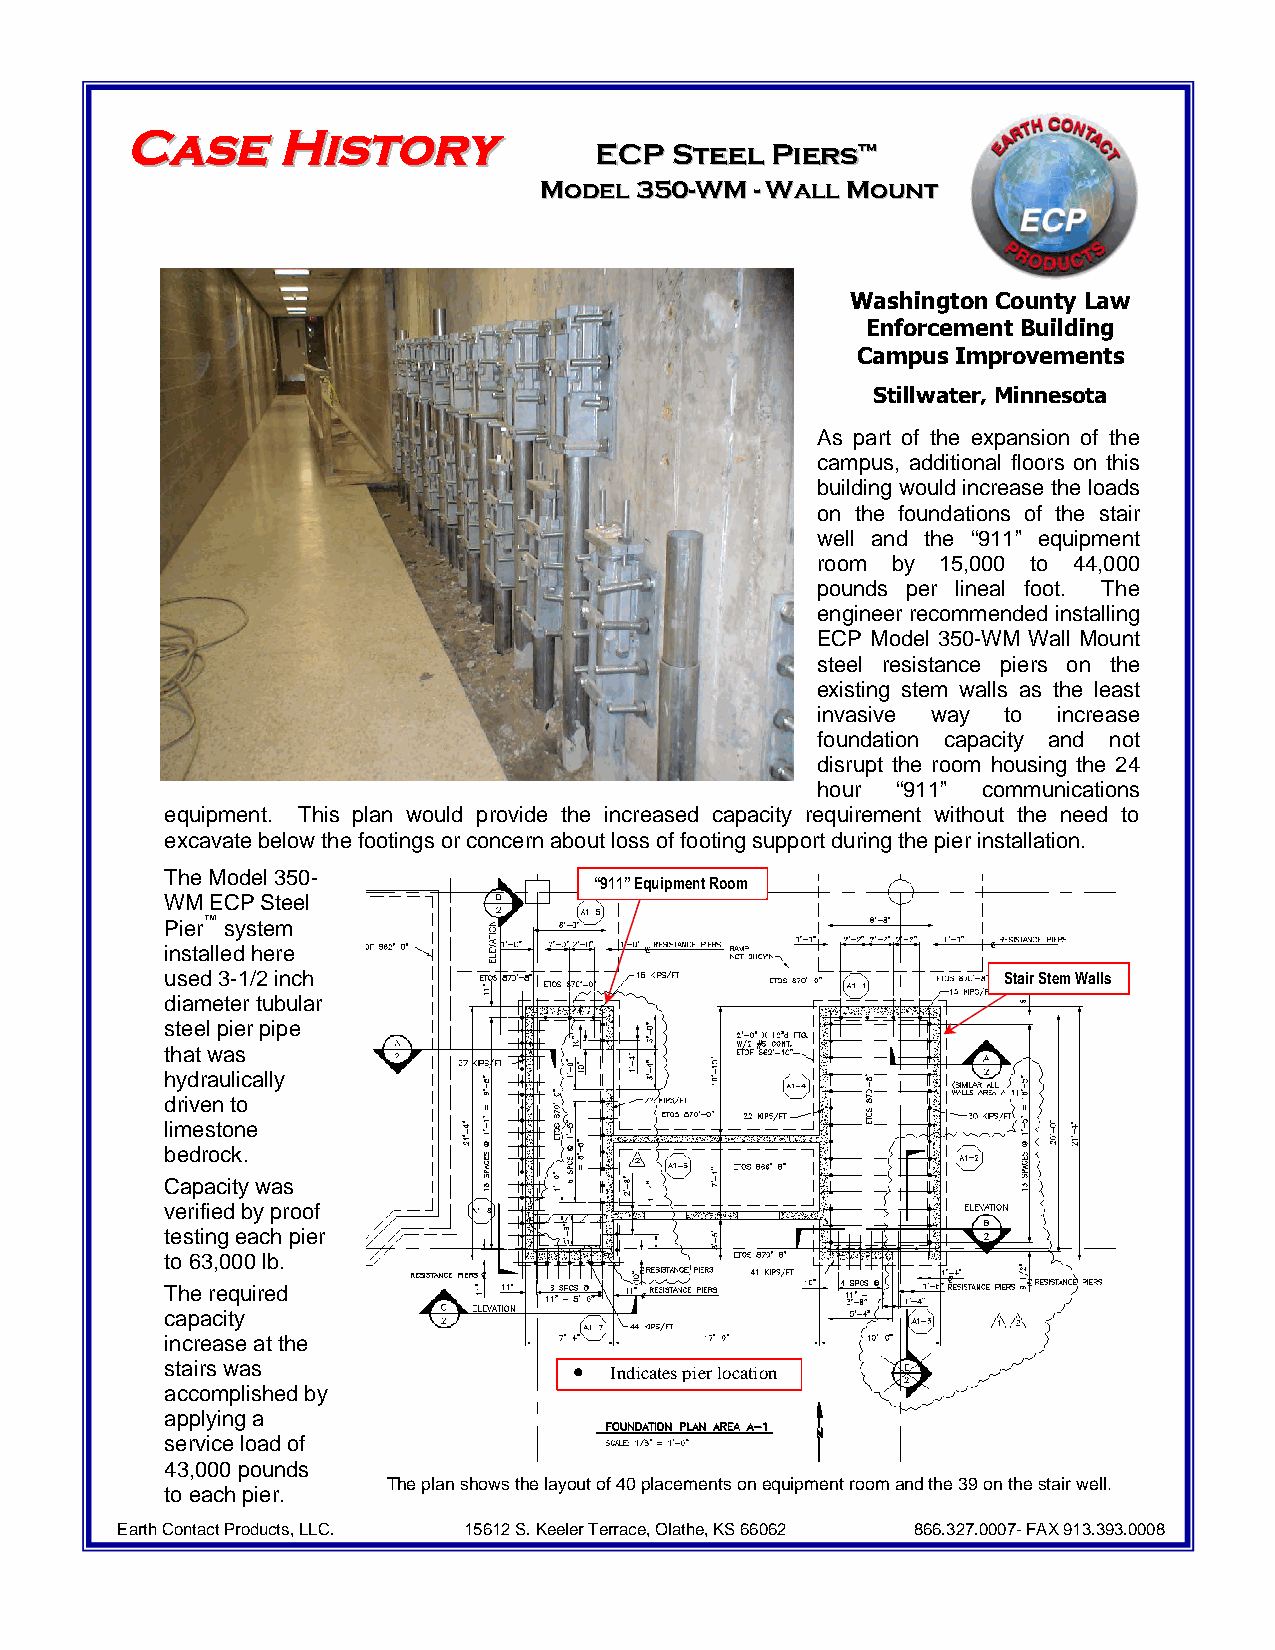
CCaasseeHHiissttoorryy
 EECCPPSStteeeellPPiieerrss™™
 MMooddeell335500--WWMM--WWaallllMMoouunntt
 Washington County Law
 Enforcement Building
 Campus Improvements
 Stillwater, Minnesota
 As part of the expansion of the
 campus, additional floors on this
 building wouldincrease the loads
 on the foundations of the stair
 well and the “911” equipment
 room by 15,000 to 44,000
 pounds per lineal foot. The
 engineerrecommended installing
 ECP Model 350-WM Wall Mount
 steel resistance piers on the
 existing stem walls as the least
 invasive way to increase
 foundation capacity and not
 disrupt the room housing the 24
 April15,2010                    18
 hour “911” communications
 equipment. This plan would provide the increased capacity requirement without the need to
 excavatebelowthefootingsorconcernaboutlossoffootingsupportduringthepierinstallation.
 TheModel350-
 “911”EquipmentRoom
 WMECPSteel
 Pier™system
 installedhere
 used3-1/2inch                                           StairStemWalls
 diametertubular
 steelpierpipe
 thatwas
 hydraulically
 drivento
 limestone
 bedrock.
 Capacitywas
 verifiedbyproof
 testingeachpier
 to63,000lb.
 Therequired
 capacity
 increaseatthe
 stairswas                   Indicatespierlocation
 accomplishedby
 applyinga
 serviceloadof
 43,000pounds
 Theplanshowsthelayoutof40placementsonequipmentroomandthe39onthestairwell.
 toeachpier.
 EarthContactProducts,LLC. 15612S.KeelerTerrace,Olathe,KS66062 866.327.0007-FAX913.393.0008